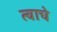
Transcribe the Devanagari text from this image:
त्वाचे